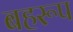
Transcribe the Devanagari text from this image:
बहरूप